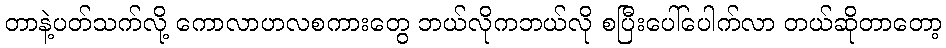
တာနဲ့ပတ်သက်လို့ ကောလာဟလစကားတွေ ဘယ်လိုကဘယ်လို စပြီးပေါ်ပေါက်လာ တယ်ဆိုတာတော့